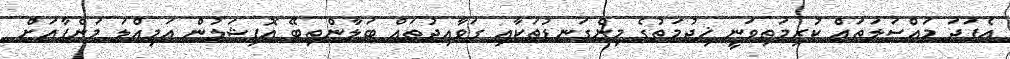
އެފަދަ މައްސަލަތައް ކުރިމަތިވަނީ ޚިދުމަތުގެ މިންގަނޑުތަކާއި ގަވާއިދުތައް ބަލާންތިބޭ އޮފިޝަލުން އަމިއްލަ މަންފާއަށް